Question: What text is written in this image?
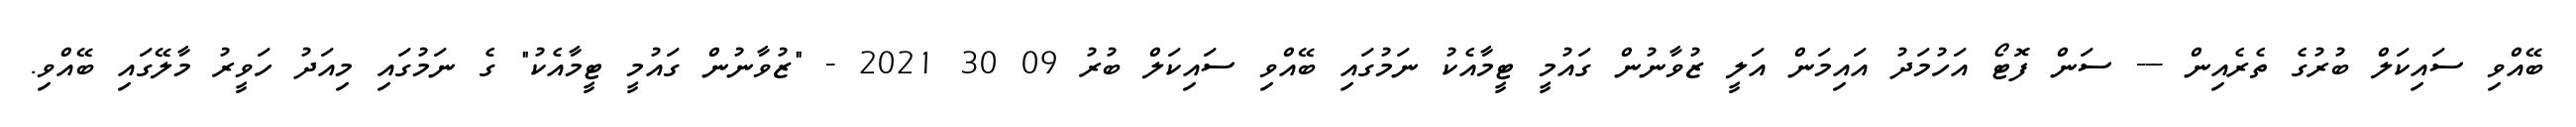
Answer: ބޭއްވި ސައިކަލް ބުރުގެ ތެރެއިން --- ސަން ފޮޓޯ އަހުމަދު އައިމަން އަލީ ޒުވާނުން ގައުމީ ޓީމާއެކު ނަމުގައި ބޭއްވި ސައިކަލް ބުރު 09 30 2021 - "ޒުވާނުން ގައުމީ ޓީމާއެކު" ގެ ނަމުގައި މިއަދު ހަވީރު މާލޭގައި ބޭއްވި.